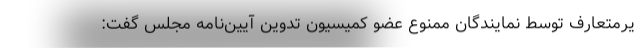
یرمتعارف توسط نمایندگان ممنوع عضو کمیسیون تدوین آیین‌نامه مجلس گفت: